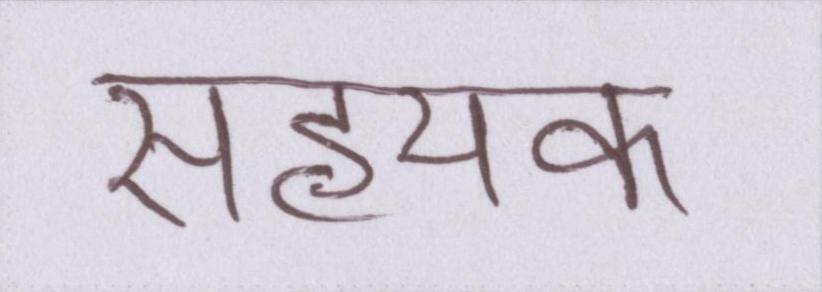
सहयक